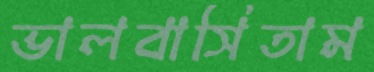
ভালবাসিতাম